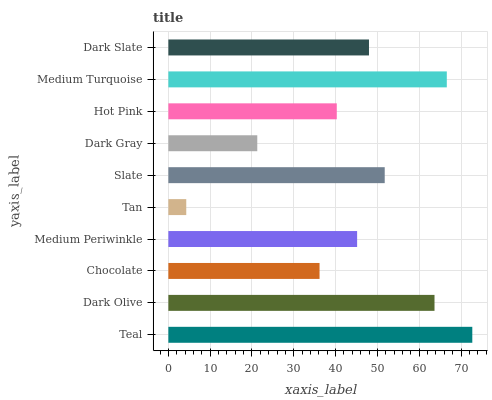
| yaxis_label | bars |
 | --- | --- |
 | Teal | 72.7 |
 | Dark Olive | 63.6 |
 | Chocolate | 36.2 |
 | Medium Periwinkle | 45.1 |
 | Tan | 4.28 |
 | Slate | 51.7 |
 | Dark Gray | 21.3 |
 | Hot Pink | 40.3 |
 | Medium Turquoise | 66.6 |
 | Dark Slate | 48 |